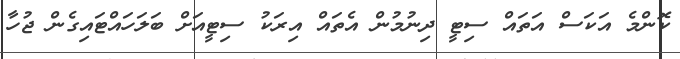
ކޮންމެ އަކަސް އަތައް ސިޓީ ދިނުމުން އެތައް އިރަކު ސިޓީއަށް ބަލަހައްޓައިގެން ޖުހާ